Source: Handwritten
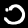
Digit: ၁ (1)